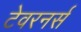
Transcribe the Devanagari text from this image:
टेवरनर्स